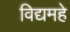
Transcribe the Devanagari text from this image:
विद्यमहे